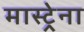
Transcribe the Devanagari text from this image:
मास्ट्रेना